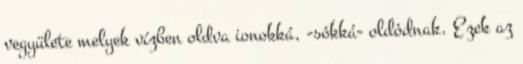
vegyülete melyek vízben oldva ionokká, -sókká- oldódnak. Ezek az